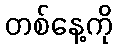
တစ်နေ့ကို